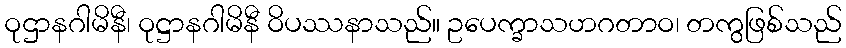
ဝုဌာနဂါမိနီ၊ ဝုဋ္ဌာနဂါမိနီ ဝိပဿနာသည်။ ဥပေက္ခာသဟဂတာဝ၊ တကွဖြစ်သည်